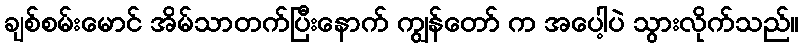
ချစ်စမ်းမောင် အိမ်သာတက်ပြီးနောက် ကျွန်တော် က အပေါ့ပဲ သွားလိုက်သည်။